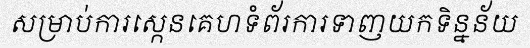
សម្រាប់ការស្កេនគេហទំព័រការទាញយកទិន្នន័យ